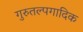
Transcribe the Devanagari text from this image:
गुरुतल्पगादिक